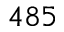
4 8 5